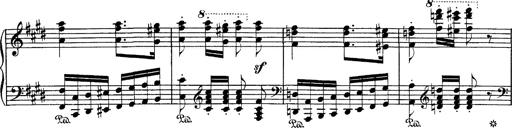
Title: Hungarian Rhapsody No.1
Composer: Franz Liszt
Key: C-sharp minor